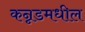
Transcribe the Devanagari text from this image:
कन्नडमधील